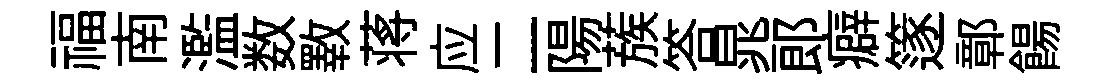
福南濫数斁蒋应二陽蔟答晁郎癖篴鄣餳